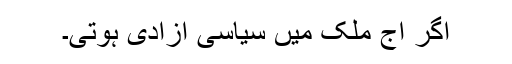
اگر آج ملک میں سیاسی آزادی ہوتی۔